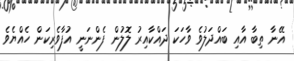
އޭނާ ތިބާ އާއި ބައްދަލުވެ ވާހަކަ ދައްކާއިރު ލޮލުން ފެންނަނީ އުފާވެރިކަން ހެއްޔެވެ